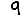
Digit: 9